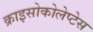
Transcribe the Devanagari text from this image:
क्राइसोकोलेप्टेस